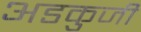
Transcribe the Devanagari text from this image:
अडकुजी